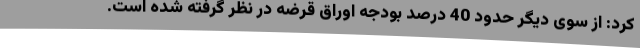
کرد: از سوی دیگر حدود 40 درصد بودجه اوراق قرضه در نظر گرفته شده است.